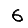
Digit: 6